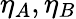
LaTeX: \eta_{A},\eta_{B}